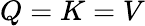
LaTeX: Q=K=V